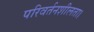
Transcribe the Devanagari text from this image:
परिवर्तनशीलता।